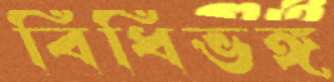
বিধিভঙ্গ